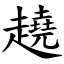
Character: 趬